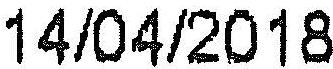
14/04/2018